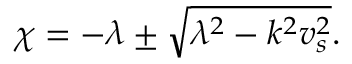
\begin{array} { r } { \chi = - \lambda \pm \sqrt { \lambda ^ { 2 } - k ^ { 2 } v _ { s } ^ { 2 } } . } \end{array}